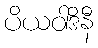
ပိယဝါဒိနီ